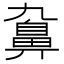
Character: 𪖒